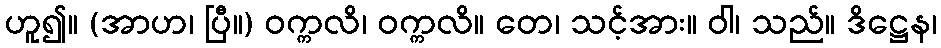
ဟူ၍။ (အာဟ၊ ပြီ။) ဝက္ကလိ၊ ဝက္ကလိ။ တေ၊ သင့်အား။ ဝါ၊ သည်။ ဒိဋ္ဌေန၊